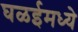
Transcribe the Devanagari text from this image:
घळईमध्ये